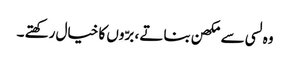
وہ لسی سے مکھن بناتے ، برّوں کا خیال رکھتے ۔